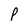
Character: P